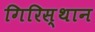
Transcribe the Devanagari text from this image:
गिरिस्थान